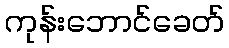
ကုန်းဘောင်ခေတ်